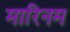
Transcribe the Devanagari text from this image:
मारिनम